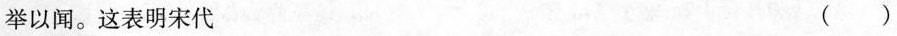
举以闻。这表明宋代 ()